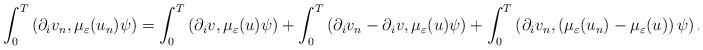
LaTeX: \begin{align*}\int_{0}^{T}\left( \partial_{i}v_{n},\mu_{\varepsilon}(u_{n})\psi\right) =\int_{0}^{T}\left( \partial_{i}v,\mu_{\varepsilon}(u)\psi\right) +\int_{0}^{T}\left( \partial_{i}v_{n}-\partial_{i}v,\mu_{\varepsilon}(u)\psi\right) +\int_{0}^{T}\left( \partial_{i}v_{n},\left( \mu_{\varepsilon}(u_{n})-\mu_{\varepsilon}(u)\right) \psi\right) .\end{align*}